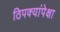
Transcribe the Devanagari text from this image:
ठिपक्यांपेक्षा